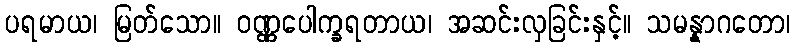
ပရမာယ၊ မြတ်သော။ ဝဏ္ဏပေါက္ခရတာယ၊ အဆင်းလှခြင်းနှင့်။ သမန္နာဂတော၊